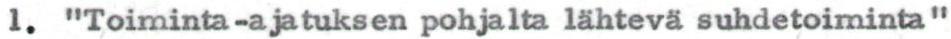
1. "Toiminta-ajatuksen pohjalta lähtevä suhdetoiminta"